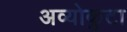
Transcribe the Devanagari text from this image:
अव्योकुटा